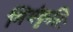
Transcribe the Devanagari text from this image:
मियंकृतिः